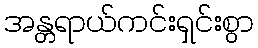
အန္တရာယ်ကင်းရှင်းစွာ